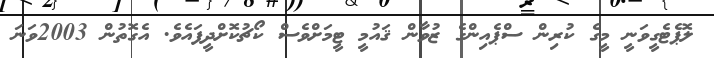
ލޮޕެޓެގީވަނީ މީގެ ކުރިން ސްޕެއިންގެ ޒުވާން ޤައުމީ ޓީމަށްވެސް ކޯޗުކޮށްދީފައެވެ. އެގޮތުން 2003ވަނަ